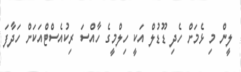
ލީން މި ޅެމަށް ހެދި ޑޫޑުލް އަކީ ހިލްމީގެ ހާއްސަ ރިކުއެސްޓްއަކަށް ހަދާފަ